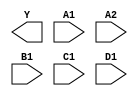
module sky130_fd_sc_ms__o2111ai (
    Y ,
    A1,
    A2,
    B1,
    C1,
    D1
);

    output Y ;
    input  A1;
    input  A2;
    input  B1;
    input  C1;
    input  D1;

    // Voltage supply signals
    supply1 VPWR;
    supply0 VGND;
    supply1 VPB ;
    supply0 VNB ;

endmodule